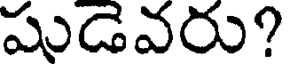
షుడెవరు?